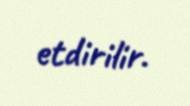
etdirilir.